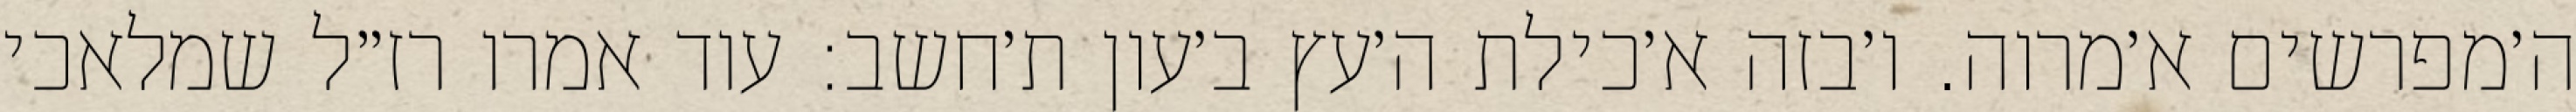
ה׳מפרשים א׳מרוה. ו׳בזה א׳כילת ה׳עץ ב׳עון ת׳חשב: עוד אמרו רז״ל שמלאכי